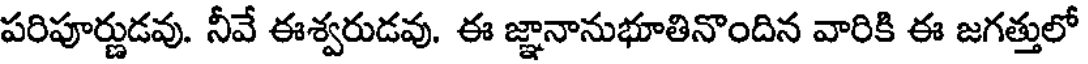
పరిపూర్ణుడవు. నీవే ఈశ్వరుడవు. ఈ జ్ఞానానుభూతినొందిన వారికి ఈ జగత్తులో